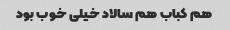
هم کباب هم سالاد خیلی خوب بود